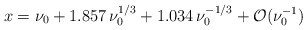
\begin{align*} x= \nu_0 + 1.857 \, \nu_0^{1/3} + 1.034 \, \nu_0^{-1/3} + {\cal O}(\nu_0^{-1})\end{align*}